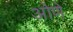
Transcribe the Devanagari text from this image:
ओणे